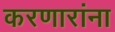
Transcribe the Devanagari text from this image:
करणारांना